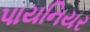
પાયનિયર